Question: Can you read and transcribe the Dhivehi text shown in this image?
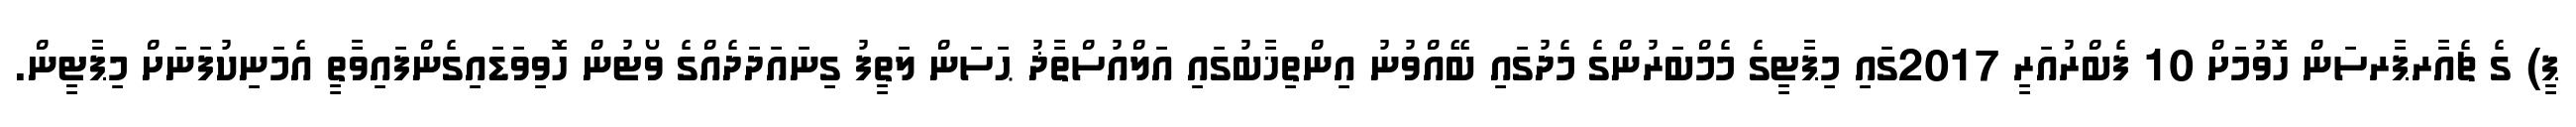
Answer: ޕީ) ގެ ޗެއާރޕާރސަން ހޮވުމަށް 10 ފެބްރުއަރީ 2017ގައި މިޕާޓީގެ މެމްބަރުންގެ މެދުގައި ބޭއްވުނު އިންތިޚާބުގައި އަލްއުސްތާޛު ޙަސަން ލަތީފު ގިނައަދަދެއްގެ ވޯޓުން ހޮވިވަޑައިގެންފައިވާތީ އެމަނިކުފަނަށް މިޕާޓީން.